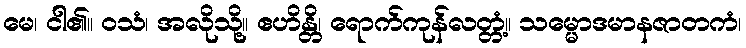
မေ၊ ငါ၏။ ဝသံ၊ အလိုသို့။ ဧဟိန္တိ၊ ရောက်ကုန်လတ္တံ့။ သမ္မောဒမာနဇာတကံ၊